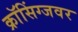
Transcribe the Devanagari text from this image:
क्राॅसिंग्जवर